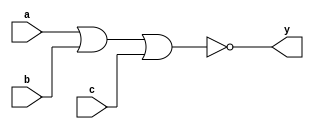
module xup_nor3 #(parameter DELAY = 3)(
    input a,
    input b,
    input c,
    output y
    );
    
    nor #DELAY (y,a,b,c);
    
endmodule